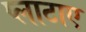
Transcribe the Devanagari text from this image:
प्लाटाए